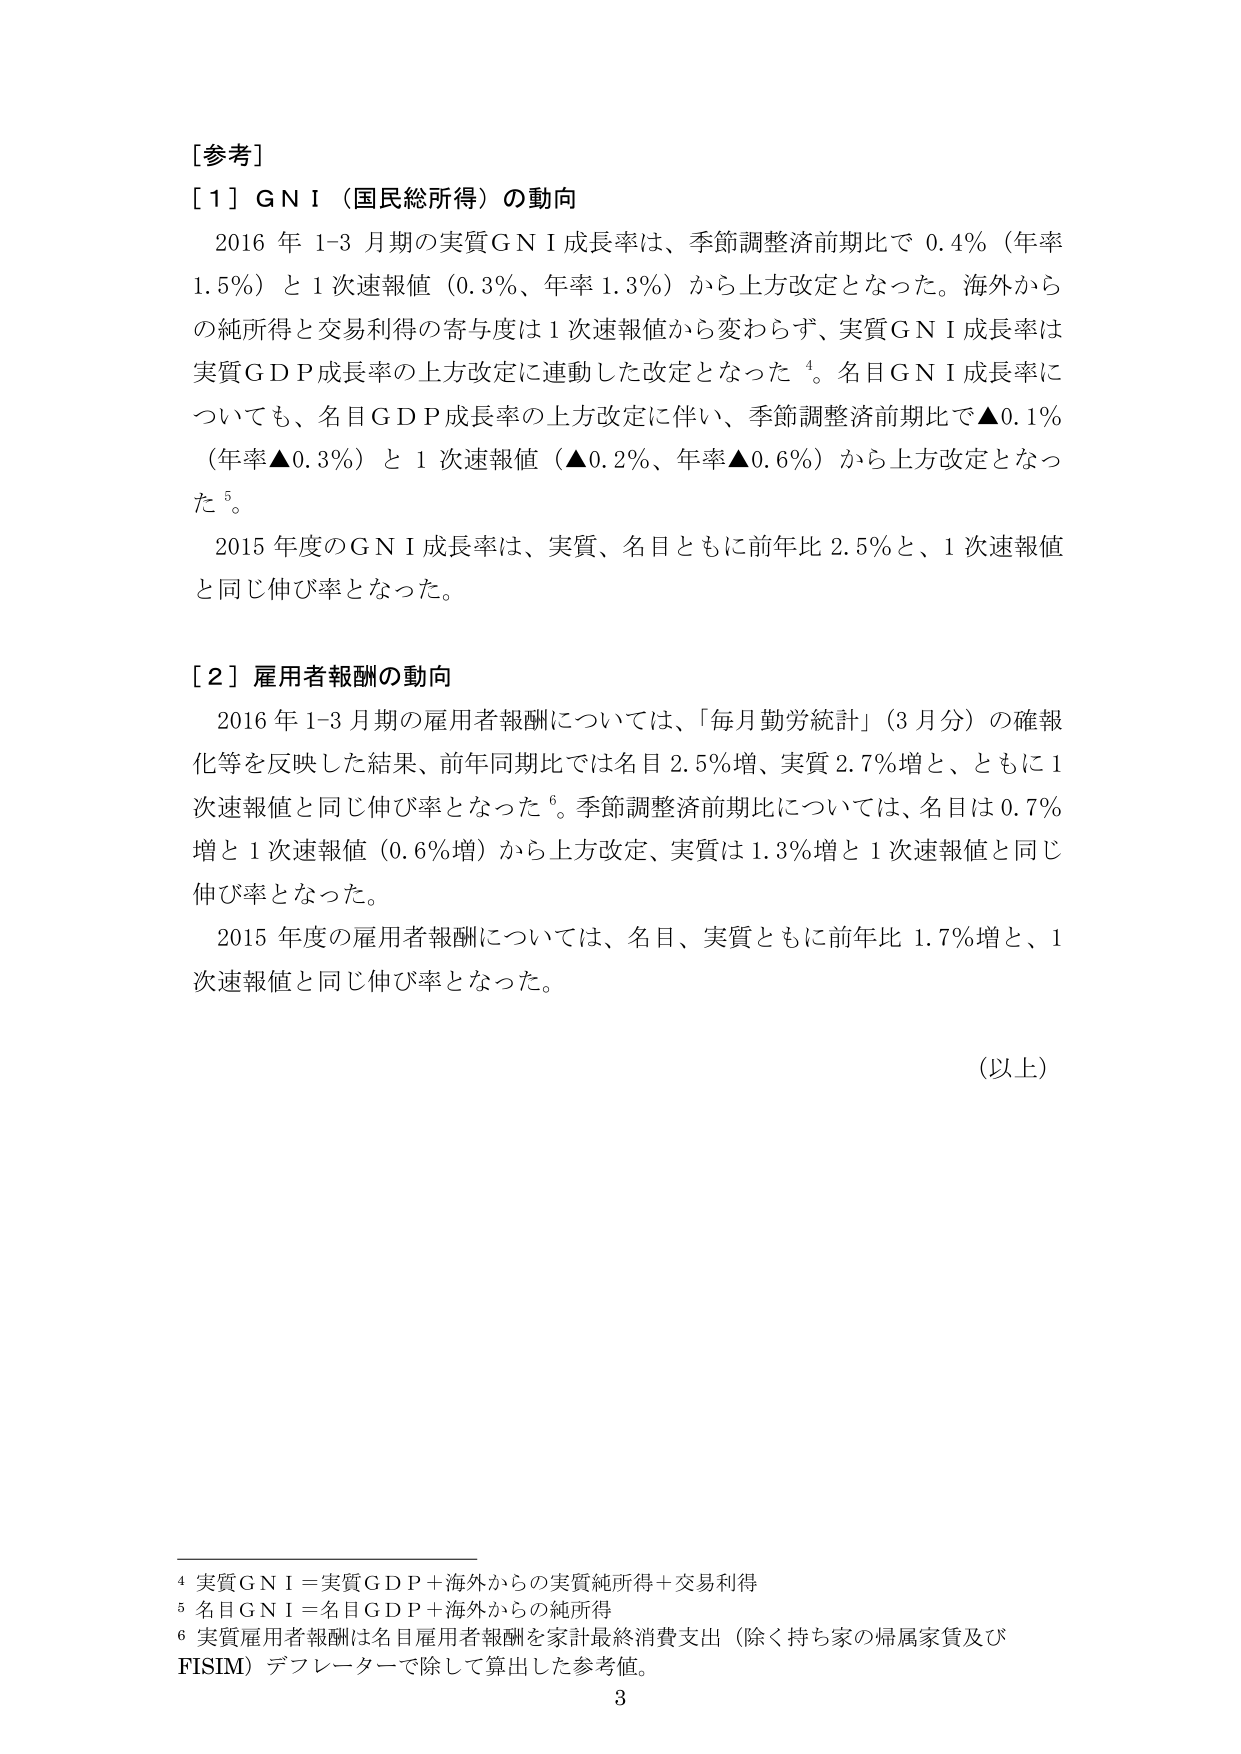
[参考]

[1] GNI（国民総所得）の動向
　2016年1-3月期の実質GNI成長率は、季節調整済前期比で0.4％（年率1.5％）と1次速報値（0.3％、年率1.3％）から上方改定となった。海外からの純所得と交易利得の寄与度は1次速報値から変わらず、実質GNI成長率は実質GDP成長率の上方改定に連動した改定となった⁴。名目GNI成長率についても、名目GDP成長率の上方改定に伴い、季節調整済前期比で▲0.1％（年率▲0.3％）と1次速報値（▲0.2％、年率▲0.6％）から上方改定となった⁵。
　2015年度のGNI成長率は、実質、名目ともに前年比2.5％と、1次速報値と同じ伸び率となった。

[2] 雇用者報酬の動向
　2016年1-3月期の雇用者報酬については、「毎月勤労統計」（3月分）の確報化等を反映した結果、前年同期比では名目2.5％増、実質2.7％増と、ともに1次速報値と同じ伸び率となった⁶。季節調整済前期比については、名目は0.7％増と1次速報値（0.6％増）から上方改定、実質は1.3％増と1次速報値と同じ伸び率となった。
　2015年度の雇用者報酬については、名目、実質ともに前年比1.7％増と、1次速報値と同じ伸び率となった。

（以上）

⁴ 実質GNI＝実質GDP＋海外からの実質純所得＋交易利得
⁵ 名目GNI＝名目GDP＋海外からの純所得
⁶ 実質雇用者報酬は名目雇用者報酬を家計最終消費支出（除く持ち家の帰属家賃及びFISIM）デフレーターで除して算出した参考値。
3